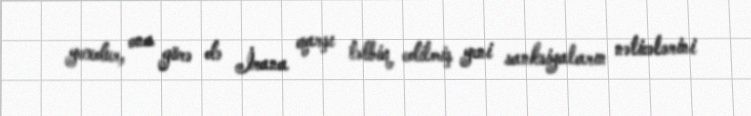
yoxdur, ona görə də İrana qarşı tətbiq edilmiş yeni sanksiyaların nəticələrini